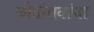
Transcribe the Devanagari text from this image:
जोतीरावांचा